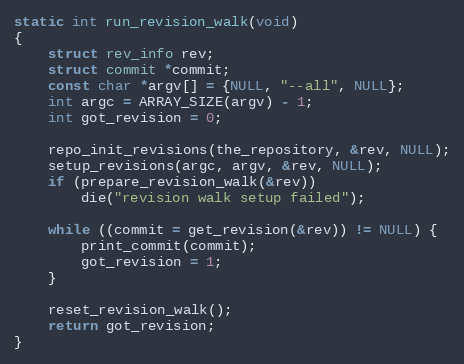
Language: C
static int run_revision_walk(void)
{
	struct rev_info rev;
	struct commit *commit;
	const char *argv[] = {NULL, "--all", NULL};
	int argc = ARRAY_SIZE(argv) - 1;
	int got_revision = 0;

	repo_init_revisions(the_repository, &rev, NULL);
	setup_revisions(argc, argv, &rev, NULL);
	if (prepare_revision_walk(&rev))
		die("revision walk setup failed");

	while ((commit = get_revision(&rev)) != NULL) {
		print_commit(commit);
		got_revision = 1;
	}

	reset_revision_walk();
	return got_revision;
}